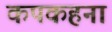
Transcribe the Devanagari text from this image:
कपकहना